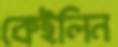
কেইলিন